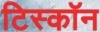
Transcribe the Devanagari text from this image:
टिस्कॉन